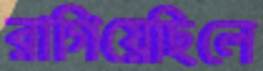
রাগিয়েছিলে